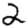
Digit: 2